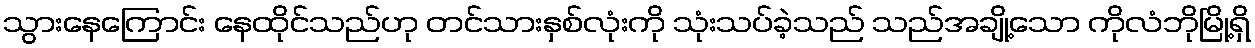
သွားနေကြောင်း နေထိုင်သည်ဟု တင်သားနှစ်လုံးကို သုံးသပ်ခဲ့သည် သည်အချို့သော ကိုလံဘိုမြို့ရှိ